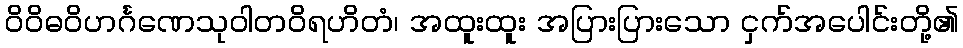
ဝိဝိဓဝိဟင်္ဂဏေသုဝါတဝိရဟိတံ၊ အထူးထူး အပြားပြားသော ငှက်အပေါင်းတို့၏